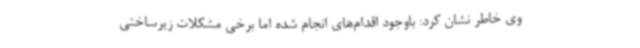
وی خاطر نشان کرد: باوجود اقدام‌های انجام شده اما برخی مشکلات زیرساختی